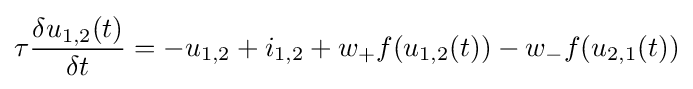
\tau {\frac {\delta u_{1,2}(t)}{\delta t}}=-u_{1,2}+i_{1,2}+w_{+}f(u_{1,2}(t))-w_{-}f(u_{2,1}(t))